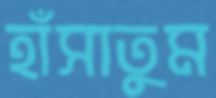
হাঁসাতুম